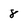
Character: 8